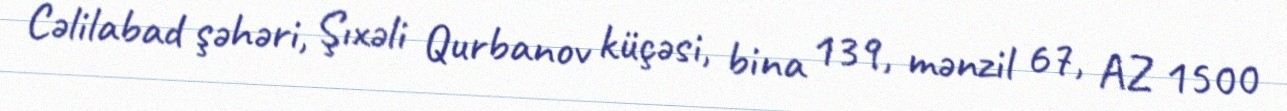
Cəlilabad şəhəri, Şıxəli Qurbanov küçəsi, bina 139, mənzil 67, AZ 1500